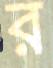
র